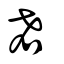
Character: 𠯌